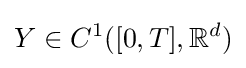
Y\in C^{1}([0,T],\mathbb {R} ^{d})